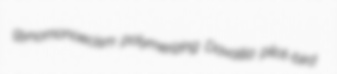
gynomonoecism polymerizing Davallia pilot-bird